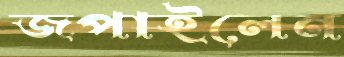
জপাইলেন